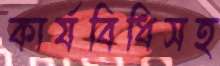
কার্যবিধিসহ